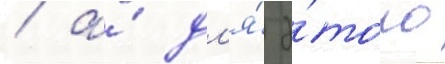
/ а́ дл'я́ э́того